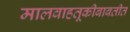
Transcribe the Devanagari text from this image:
मालवाहतूकीबाबतीत